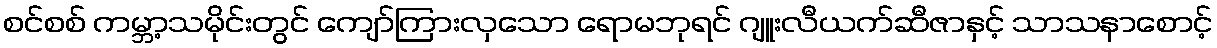
စင်စစ် ကမ္ဘာ့သမိုင်းတွင် ကျော်ကြားလှသော ရောမဘုရင် ဂျူးလီယက်ဆီဇာနှင့် သာသနာစောင့်